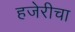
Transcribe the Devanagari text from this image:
हजेरीचा